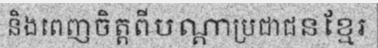
និងពេញចិត្តពីបណ្តាប្រជាជនខ្មែរ